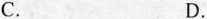
C. D.